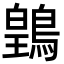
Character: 䳨